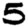
Digit: 5